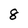
Character: 8